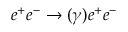
e ^ { + } e ^ { - } \to ( \gamma ) e ^ { + } e ^ { - }